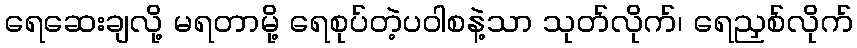
ရေဆေးချလို့ မရတာမို့ ရေစုပ်တဲ့ပဝါစနဲ့သာ သုတ်လိုက်၊ ရေညှစ်လိုက်